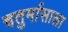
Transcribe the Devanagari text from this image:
चतुर्मासाला